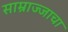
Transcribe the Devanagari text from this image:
साम्राज्जाचा